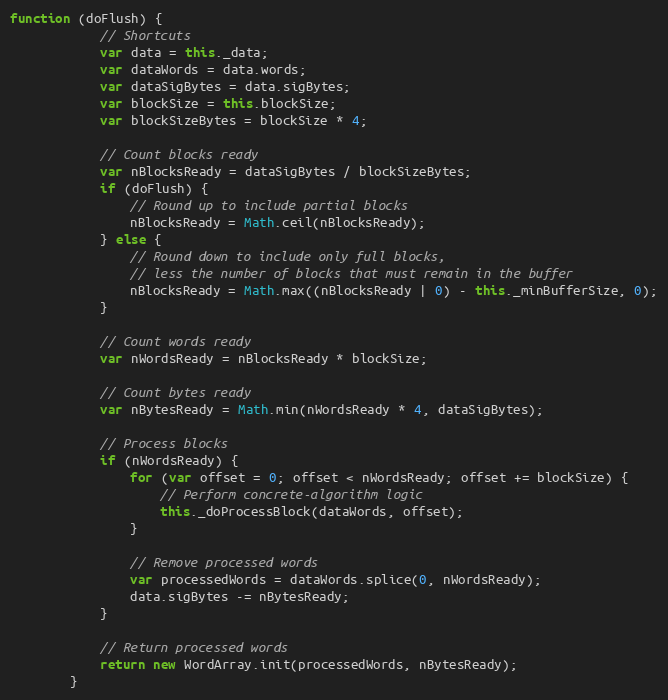
Language: JavaScript
function (doFlush) {
            // Shortcuts
            var data = this._data;
            var dataWords = data.words;
            var dataSigBytes = data.sigBytes;
            var blockSize = this.blockSize;
            var blockSizeBytes = blockSize * 4;

            // Count blocks ready
            var nBlocksReady = dataSigBytes / blockSizeBytes;
            if (doFlush) {
                // Round up to include partial blocks
                nBlocksReady = Math.ceil(nBlocksReady);
            } else {
                // Round down to include only full blocks,
                // less the number of blocks that must remain in the buffer
                nBlocksReady = Math.max((nBlocksReady | 0) - this._minBufferSize, 0);
            }

            // Count words ready
            var nWordsReady = nBlocksReady * blockSize;

            // Count bytes ready
            var nBytesReady = Math.min(nWordsReady * 4, dataSigBytes);

            // Process blocks
            if (nWordsReady) {
                for (var offset = 0; offset < nWordsReady; offset += blockSize) {
                    // Perform concrete-algorithm logic
                    this._doProcessBlock(dataWords, offset);
                }

                // Remove processed words
                var processedWords = dataWords.splice(0, nWordsReady);
                data.sigBytes -= nBytesReady;
            }

            // Return processed words
            return new WordArray.init(processedWords, nBytesReady);
        }